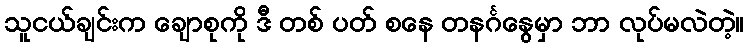
သူငယ်ချင်းက ချောစုကို ဒီ တစ် ပတ် စနေ တနင်္ဂနွေမှာ ဘာ လုပ်မလဲတဲ့။